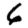
Digit: 6